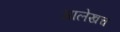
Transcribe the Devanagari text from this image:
अालेखच